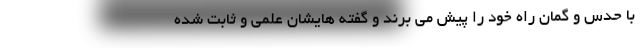
با حدس و گمان راه خود را پیش می برند و گفته هایشان علمی و ثابت شده